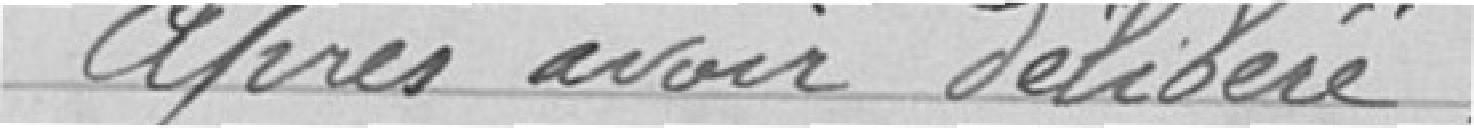
Après en avoir délibéré,